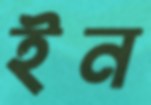
ইন